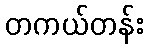
တကယ်တန်း